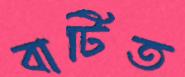
বাটিত